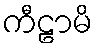
ကီဠာမိ